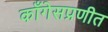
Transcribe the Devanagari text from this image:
काँगेसप्रणीत